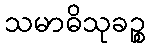
သမာဓိသုခဉ္စ